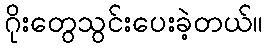
ဂိုးတွေသွင်းပေးခဲ့တယ်။